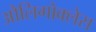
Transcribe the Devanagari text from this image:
औलिगोक्लेस